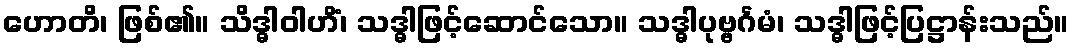
ဟောတိ၊ ဖြစ်၏။ သိဒ္ဓါဝါဟိံ၊ သဒ္ဓါဖြင့်ဆောင်သော။ သဒ္ဓါပုဗ္ဗင်္ဂမံ၊ သဒ္ဓါဖြင့်ပြဋ္ဌာန်းသည်။